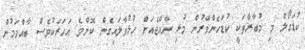
ކުޑަގޯލް މި މުބާރާތަކީ ކުޑަހެންވޭރުން މުޅި ރާއްޖެއަށް ހުޅުވާލައިގެން ކޮންމެ އަހަރަކުވެސް ބާއްވަމުން